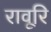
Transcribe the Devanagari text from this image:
रावूरि